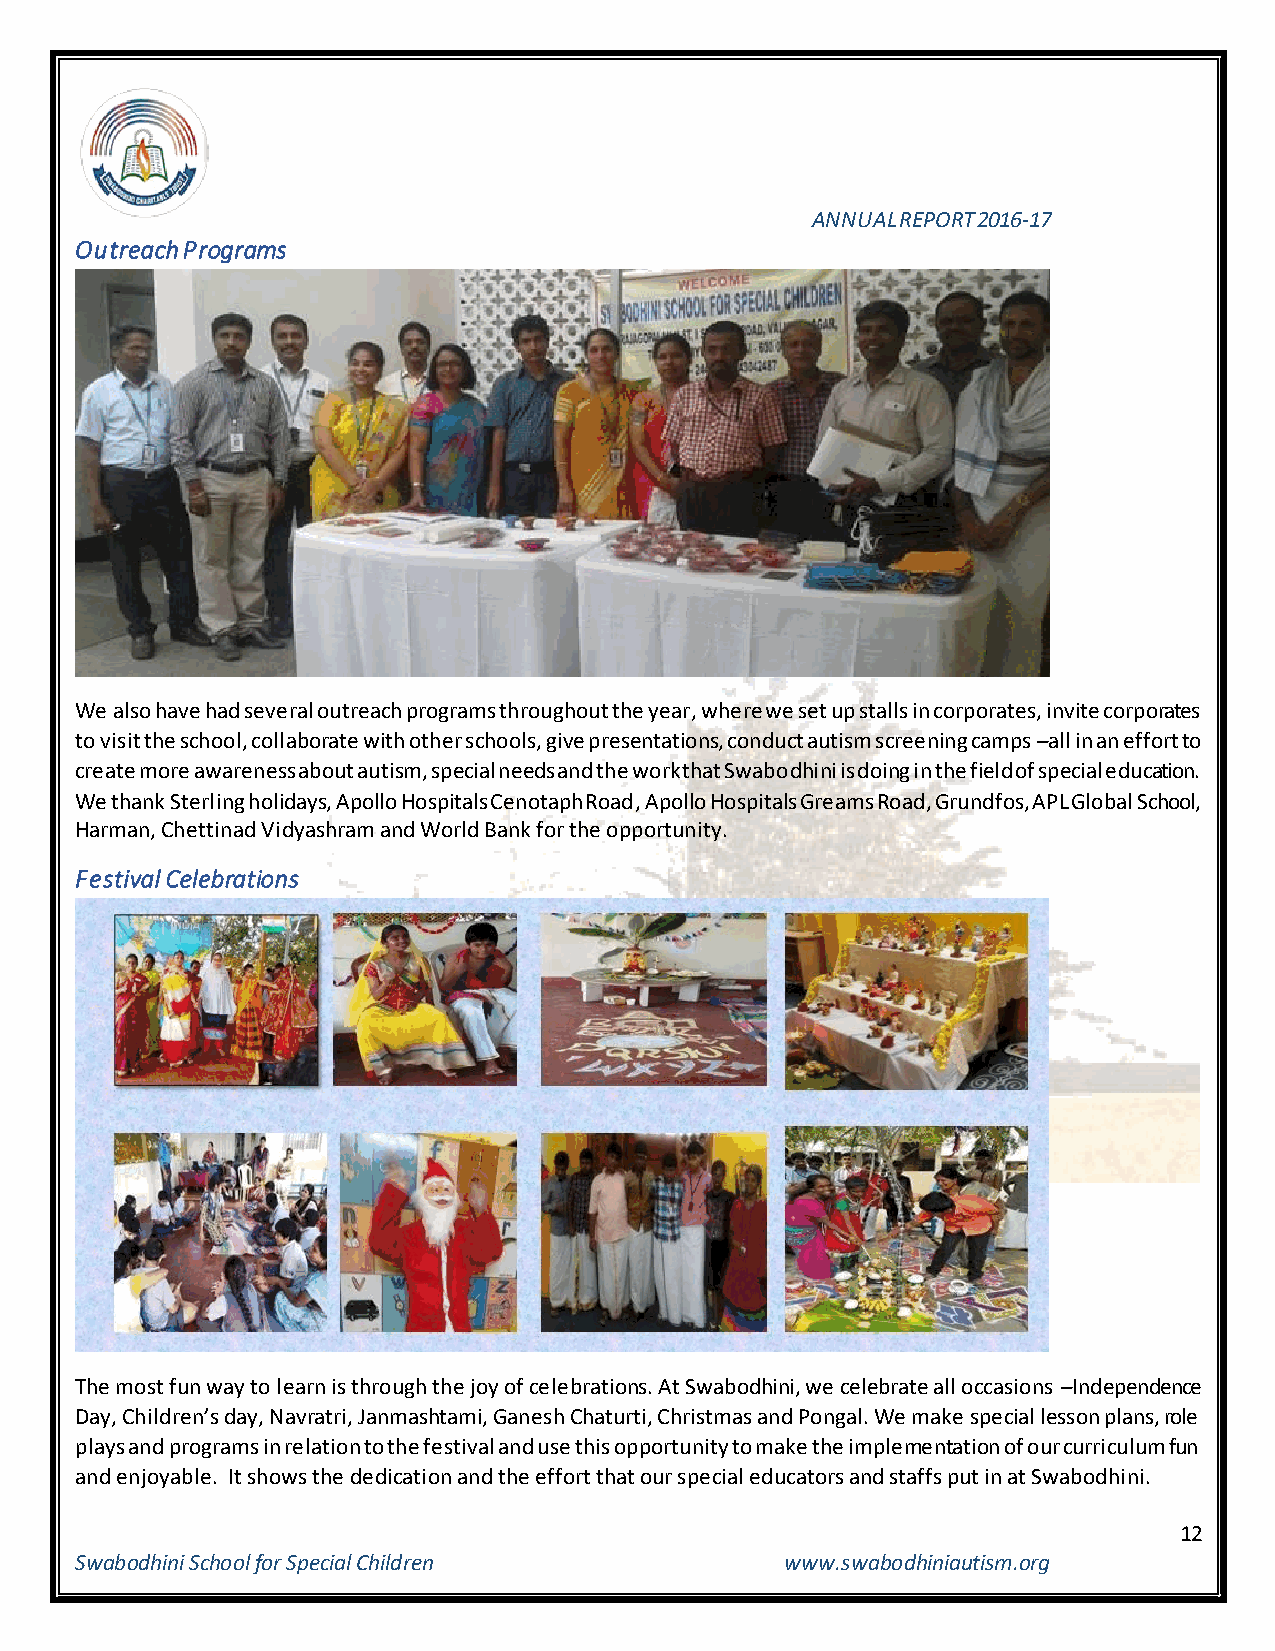
ANNUAL REPORT 2016-17
 Outreach Programs
 We also have had several outreach programs throughout the year, where we set up stalls in corporates, invite corporates
 to visit the school, collaborate with other schools, give presentations, conduct autism screening camps –all in an effort to
 create more awareness about autism, special needs and the work that Swabodhini is doing in the field of special education.
 We thank Sterling holidays, Apollo Hospitals Cenotaph Road, Apollo Hospitals Greams Road, Grundfos, APL Global School,
 Harman, Chettinad Vidyashram and World Bank for the opportunity.
 Festival Celebrations
 The most fun way to learn is through the joy of celebrations. At Swabodhini, we celebrate all occasions –Independence
 Day, Children’s day, Navratri, Janmashtami, Ganesh Chaturti, Christmas and Pongal. We make special lesson plans, role
 plays and programs in relation to the festival and use this opportunity to make the implementation of our curriculum fun
 and enjoyable. It shows the dedication and the effort that our special educators and staffs put in at Swabodhini.
 12
 Swabodhini School for Special Children         www.swabodhiniautism.org